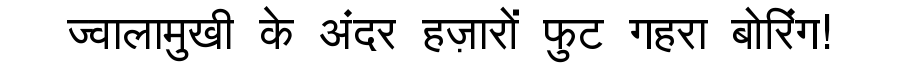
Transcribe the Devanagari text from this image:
ज्वालामुखी के अंदर हज़ारों फुट गहरा बोरिंग!